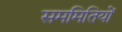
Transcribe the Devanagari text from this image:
सममितियों